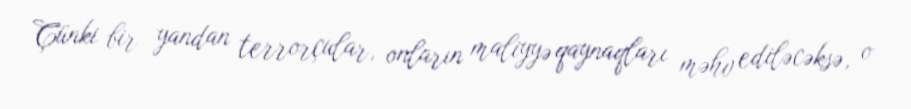
Çünki bir yandan terrorçular, onların maliyyə qaynaqları məhv ediləcəksə, o